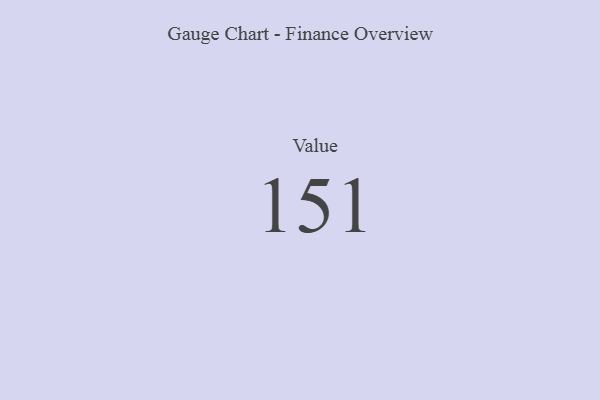
{"axis": {"x": "Metric", "y": "Value"}, "legend": [""], "data": [{"x": "Value", "y": 151, "type": ""}]}